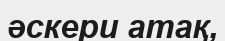
әскери атақ,